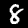
Digit: 8